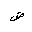
Letter: _dad